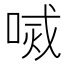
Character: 𠷧